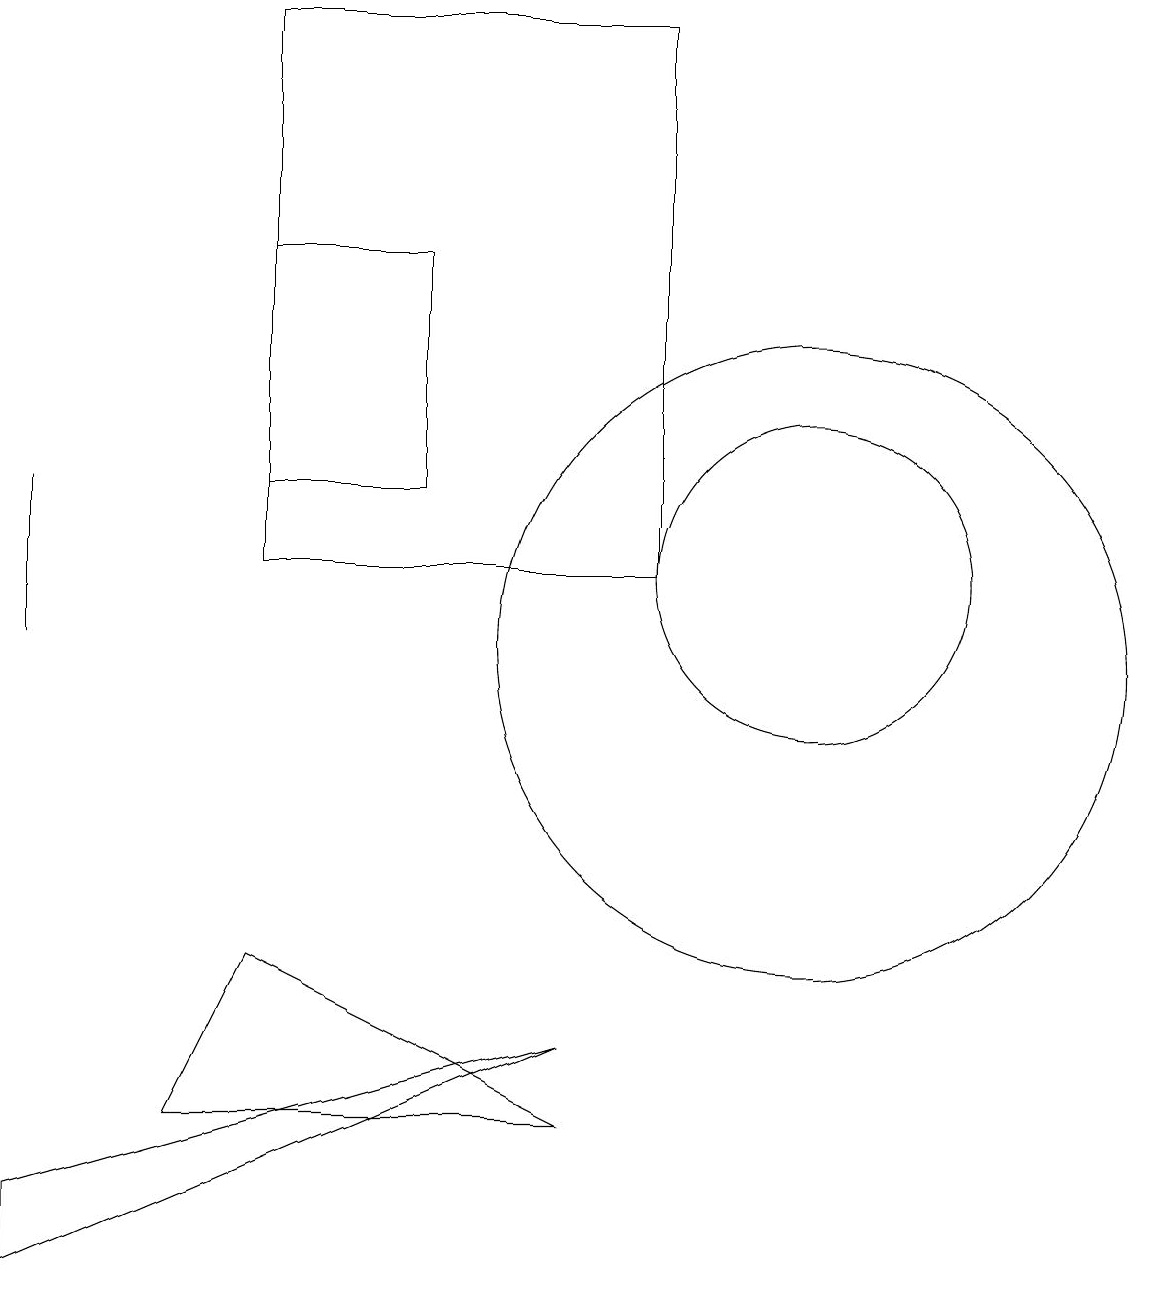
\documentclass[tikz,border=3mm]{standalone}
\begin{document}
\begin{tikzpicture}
\draw (1,10) rectangle (1,12);
\draw (4,15) rectangle (6,12);
\draw (1,2) -- (8,5) -- (1,3) -- cycle;
\draw (9,11) rectangle (4,18);
\draw (11,11) circle (0);
\draw (11,10) circle (4);
\draw (8,4) -- (4,6) -- (3,4) -- cycle;
\draw (11,11) circle (2);
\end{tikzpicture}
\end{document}